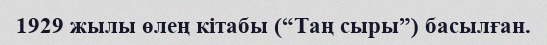
1929 жылы өлең кітабы (“Таң сыры”) басылған.